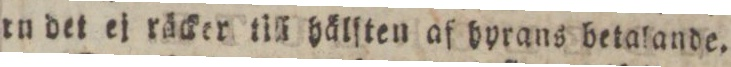
tu det ej räcker till hälſten af hyrans betalande.